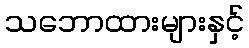
သဘောထားများနှင့်